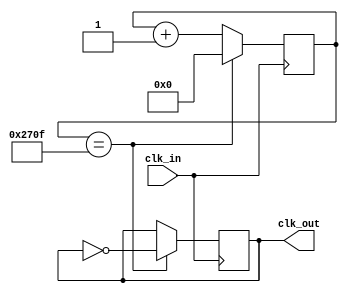
`timescale 1ns / 1ps
//////////////////////////////////////////////////////////////////////////////////
// Company: 
// Engineer: 
// 
// Design Name: 
// Module Name: clock_divider
// Project Name: 
// Target Devices: 
// Tool Versions: 
// Description: 
// 
// Dependencies: 
// 
// Revision:
// Revision 0.01 - File Created
// Additional Comments:
// 
//////////////////////////////////////////////////////////////////////////////////


`timescale 1ns / 1ps
// Code your design here
module clock_divider(input clk_in, output reg clk_out);
  localparam DIV = 10000; // 1000 -> 1MHz output
  reg [31:0] count = 32'b0;
  
  always @(posedge clk_in) begin
    if (count == DIV - 1) 
      clk_out <= ~clk_out;
    else 
      clk_out <= clk_out;
  end
  
  always @(posedge clk_in) begin
    if (count == DIV - 1) 
      count <= 32'b0;
    else
      count <= count + 1;
  end
  
endmodule